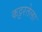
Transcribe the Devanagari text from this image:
कट्टरतेला